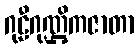
ဂုဠီဂုဏ္ဌိကဇာတာ